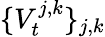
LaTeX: \{ V_{t}^{j,k}\} _{j,k}